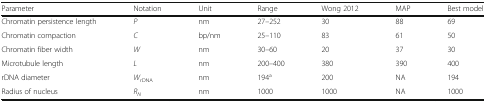
<table><thead><tr><td><b>Parameter</b></td><td><b>Notation</b></td><td><b>Unit</b></td><td><b>Range</b></td><td><b>Wong 2012</b></td><td><b>MAP</b></td><td><b>Best model</b></td></tr></thead><tbody><tr><td>Chromatin persistence length</td><td><i>P</i></td><td>nm</td><td>27–252</td><td>30</td><td>88</td><td>69</td></tr><tr><td>Chromatin compaction</td><td><i>C</i></td><td>bp/nm</td><td>25–110</td><td>83</td><td>61</td><td>50</td></tr><tr><td>Chromatin fiber width</td><td><i>W</i></td><td>nm</td><td>30–60</td><td>20</td><td>37</td><td>30</td></tr><tr><td>Microtubule length</td><td><i>L</i></td><td>nm</td><td>200–400</td><td>380</td><td>390</td><td>400</td></tr><tr><td>rDNA diameter</td><td><i>W</i><sub>rDNA</sub></td><td>nm</td><td>194<sup>a</sup></td><td>200</td><td>NA</td><td>194</td></tr><tr><td>Radius of nucleus</td><td><i>R</i><sub><i>N</i></sub></td><td>nm</td><td>1000</td><td>1000</td><td>NA</td><td>1000</td></tr></tbody></table>